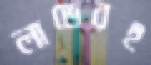
লাভেরই